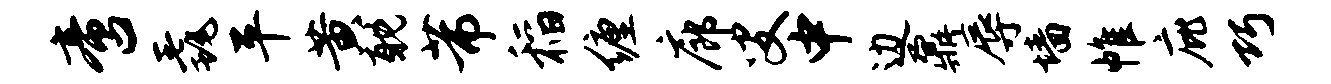
啻毳平黄耽芾稻缠廊叟中边鼐辱墙帷庇巧